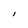
Character: l